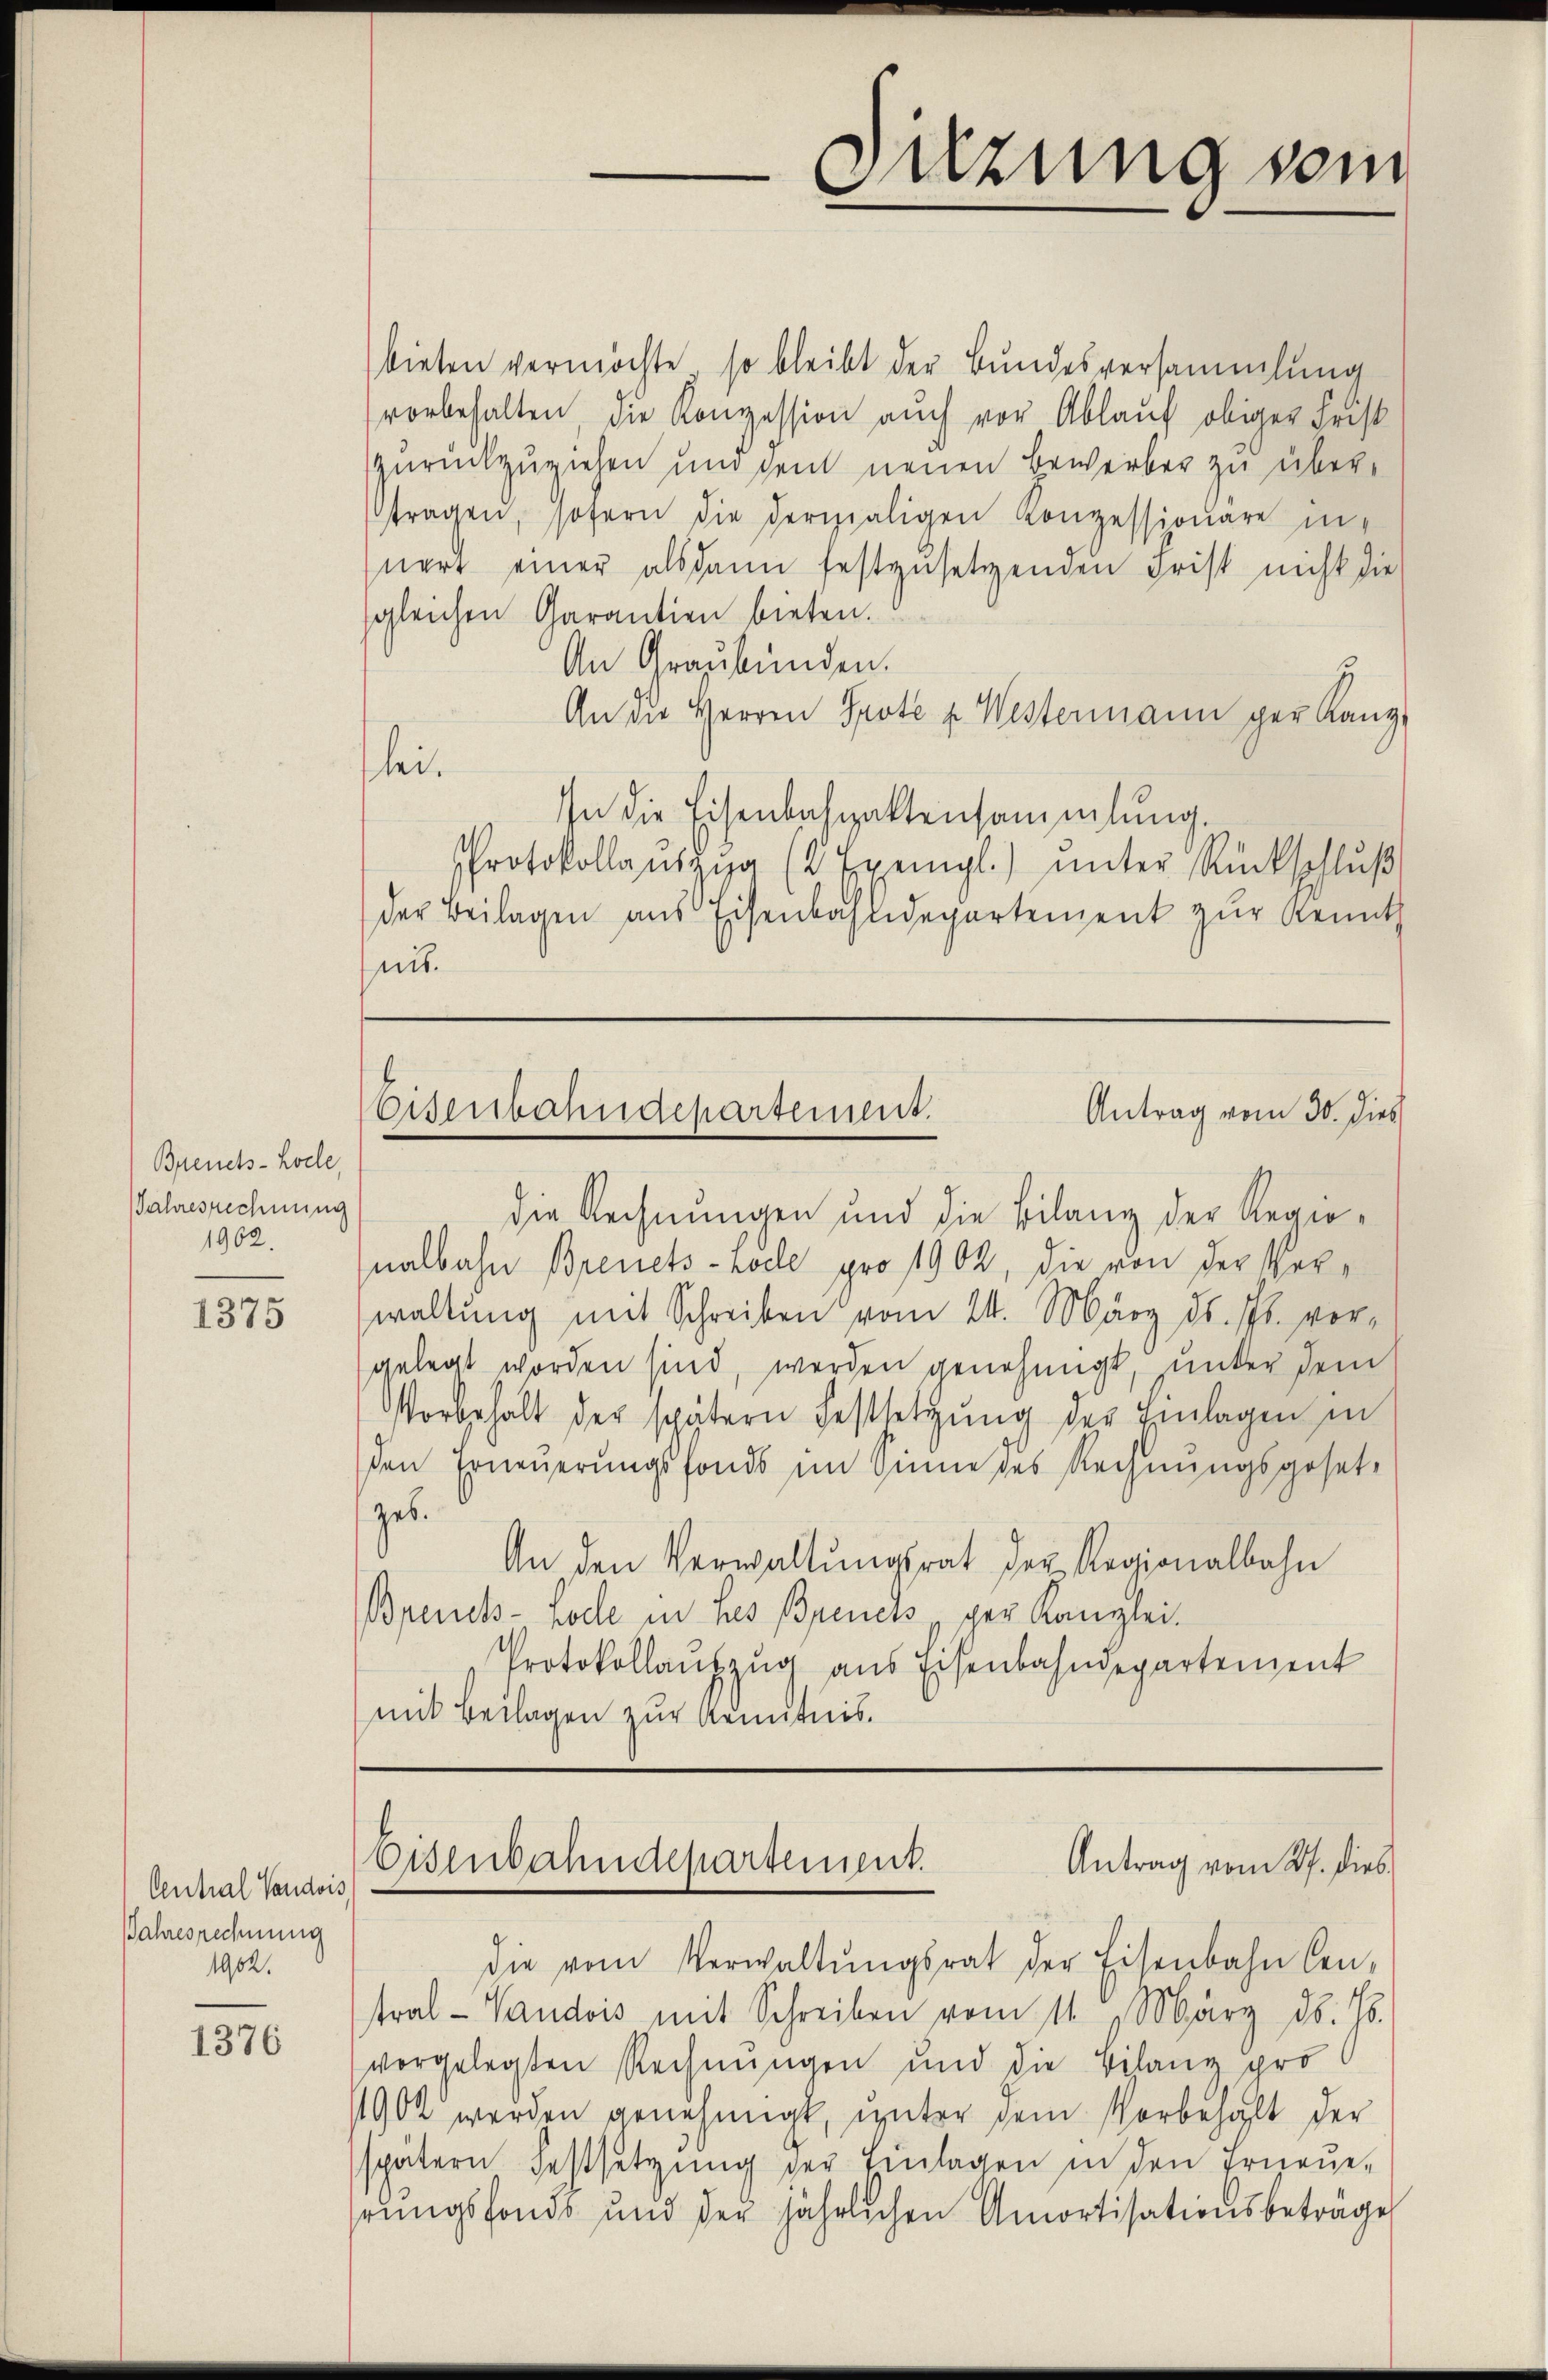
Bienets-Kolle,
Jahresrechnung
1902.

1375

Central Vaudois,
Jahresrechnung
1902.

1376

bieten vermöchte, so bleibt der Bundesversammlung
vorbehalten, die Konzession auch vor Ablauf obiger Frist
zurückzuziehen und gent neuen Bewerber zu übertragen, sofern die dermaligen Konzessionare innere einer alsdann festzusetzenden Frist nicht die
sgleichen Garantien bieten.
An Graubünden.
An die Herren Prote u. Westermann per Kanz
lei.
In die Eisenbahnaktensammlung.
Protokollauszia (2 Exempl.) ŭnter Rückschlŭβ
der Beilagen aus Eisenbahndepartement zur Kennth
nis.

die Rechnungen und die Bilanz der Regienalbahn Brenets-Locle pro 1902, die von der Verwaltung mit Schreiben vom 24. März d. Js. vor-
gelegt worden sind, werden genehmigt, unter dem
Vorbehalt der spätern Festsetzŭng der Einlagen in
den Erneŭerŭngsfonds im Sinne des Rechnŭngsgeset-
geb.
An den Verwaltŭngsrat der Regionalbahn
Breuels- noche in des Breuels ger Kanzlei.
Protokollaŭfzŭg ans Eisenbahndepartement
mit Beilagen zur Kenntnis.

Sitzung sein

Antrag vom 30. dies
Eisenbahndepartement.

Eisenbahndepartement.
Antrag vom 27. dies

die vom Verwaltŭngsrat der Eisenbahn Cen-
tral - Vaudois mit Schreiben vom 11. März d. Js.
vorgelegten Rechnungen und die Bilanz pro
11902 werden genehmigt, unter dem Vorbehalt der
spätern Festsetzŭng der Einlagen in den Erneue-
hrungsfonds und der jährlichen Amortisationsbeträge